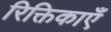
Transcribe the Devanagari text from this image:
रिक्तिकाएँ